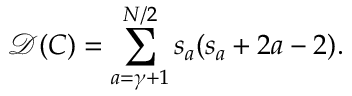
{ \mathcal D } ( C ) = \sum _ { a = \gamma + 1 } ^ { N / 2 } s _ { a } ( s _ { a } + 2 a - 2 ) .